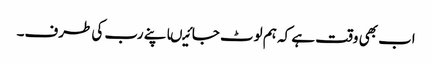
اب بھی وقت ہے کہ ہم لوٹ جائیںاپنے رب کی طرف۔